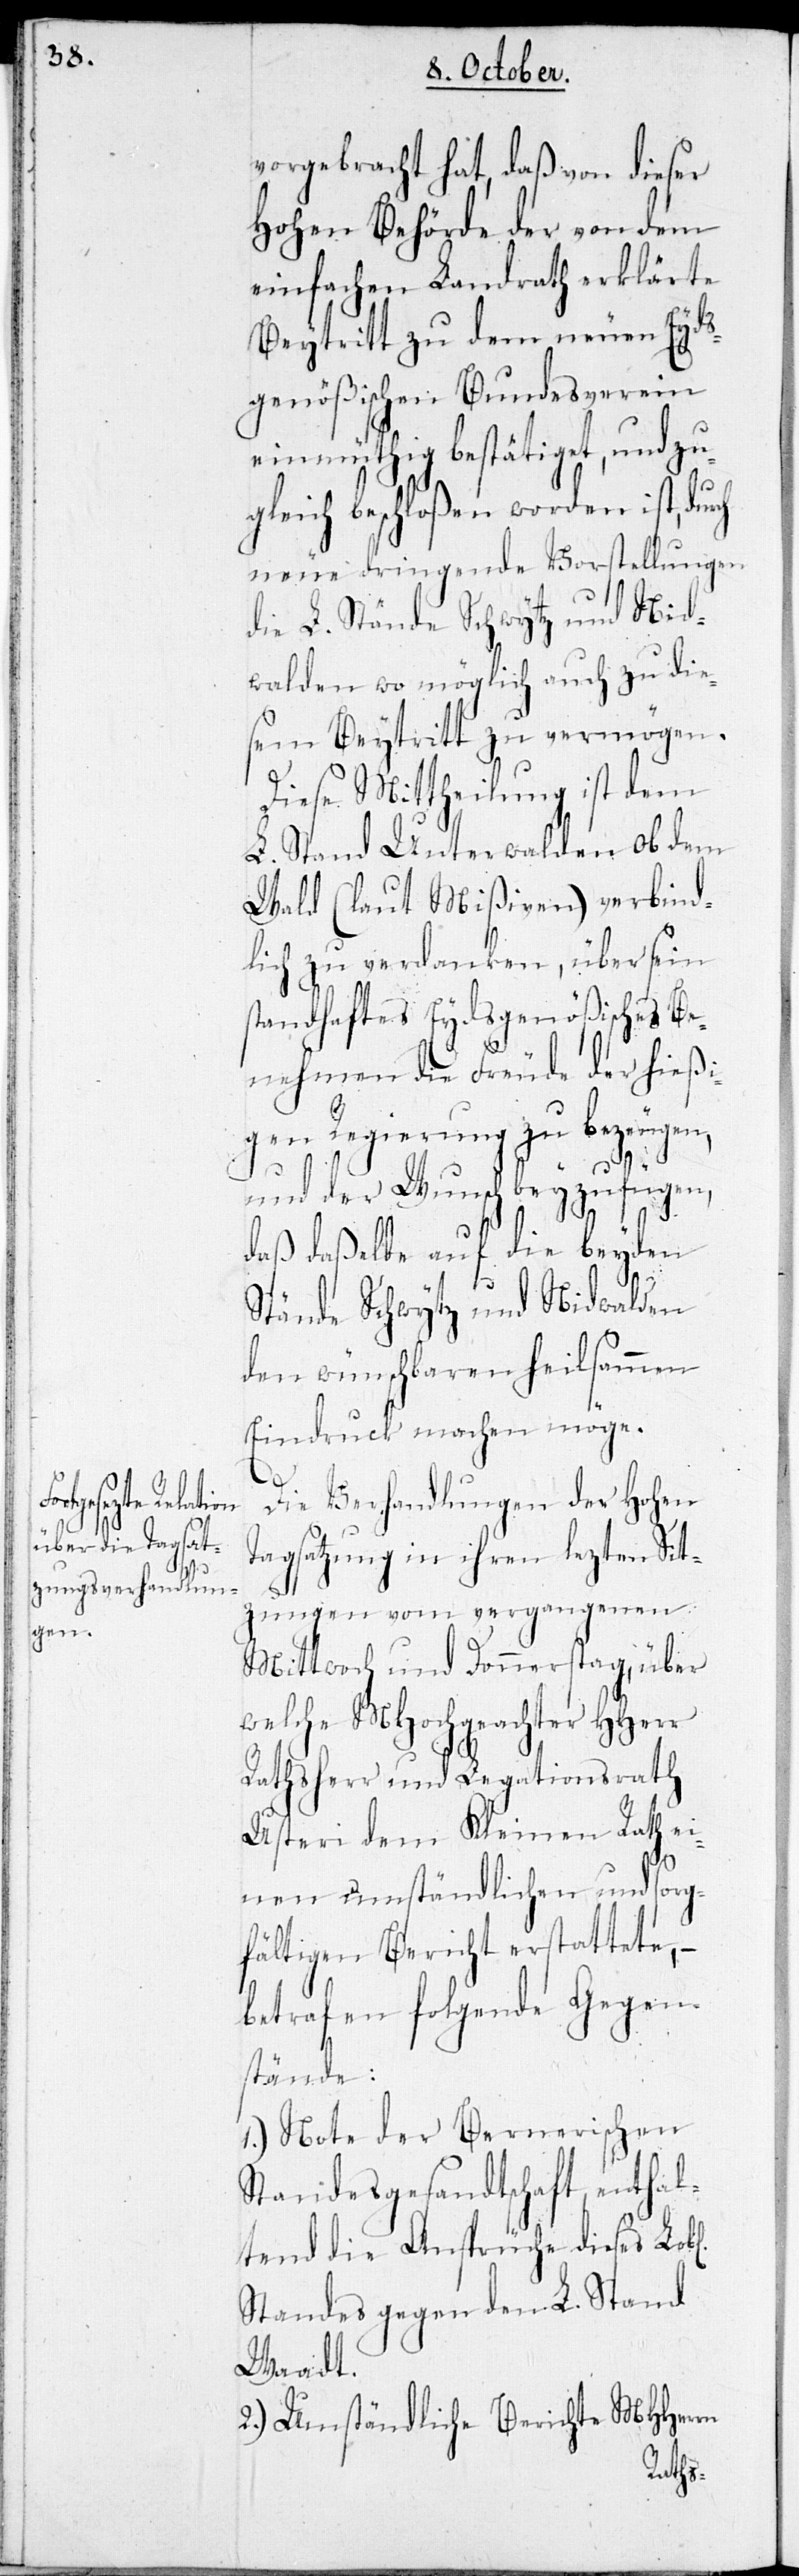
vorgebracht hat, daß von dieser
Hohen Behörde der von dem
einfachen Landrath erklärte
Beytritt zu dem neuen Eyds¬
genößischen Bundesverein
einmüthig bestätiget, und zu¬
gleich beschloßen worden ist, dur¬
neue dringende Vorstellungen
die L. Stände Schwytz und Nid¬
walden wo möglich auch zu die¬
sem Beytritt zu vermögen.
Diese Mittheilung ist dem
L. Stand Unterwalden ob dem
Wald (laut Mißiven) verbind¬
lich zu verdanken, über sein
standhaftes Eydsgenößisches Be¬
nehmen die Freude der hießi¬
gen Regierung zu bezeugen,
und der Wunsch beyzufügen,
daß daßelbe auf die beyden
Stände Schwytz und Nidwalden
den wünschbaren heilsammen
Eindruck machen möge.
ch
Die Verhandlungen der Hohen
Tagsatzung in ihren lezten Sit¬
zungen vom vergangenen
Mittwoch und Donnerstag, über
welche MHochgeachter HHerr
Rathsherr und Legationsrath
Usteri dem Kleinen Rath ei¬
nen umständlichen und sorg¬
fältigen Bericht erstattete, –
betrafen folgende Gegen¬
stände:
1.) Note der Bernerischen
Standesgesandtschaft, enthal¬
tend die Ansprüche dieses Lobl.
Standes gegen den L. Stand
Waadt.
2.) Umständliche Berichte MHHerrn